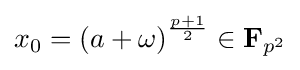
x_{0}=\left(a+\omega \right)^{\frac {p+1}{2}}\in \mathbf {F} _{p^{2}}